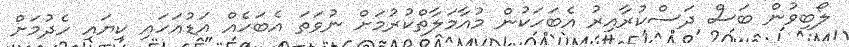
ލޯބިވުން ބަސް ދަސްކުރާއިރު އެބަހަކުން މުއާމަލާތްކުރުމަށް ނުވަތަ އެބަހެއް އަޑުއަހައި ކިޔައި ހެދުމަށް